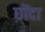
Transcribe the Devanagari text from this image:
घोंदा